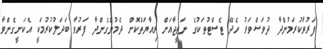
ފަރުވާކުރަމުންދާ ދުވަސްވަރު ހެދޭ ޓެސްޓުތަކުގެ ނަތީޖާއަށް ރިއާޔަތްކޮށް ދެމުންގެންދާ ފަރުވާ ބަދަލުކުރުމަކީ އެކަށީގެންވާ